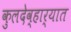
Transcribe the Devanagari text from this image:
कुलदेव्हार्‍यात